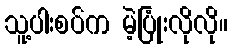
သူ့ပါးစပ်က မဲ့ပြုံးလိုလို။